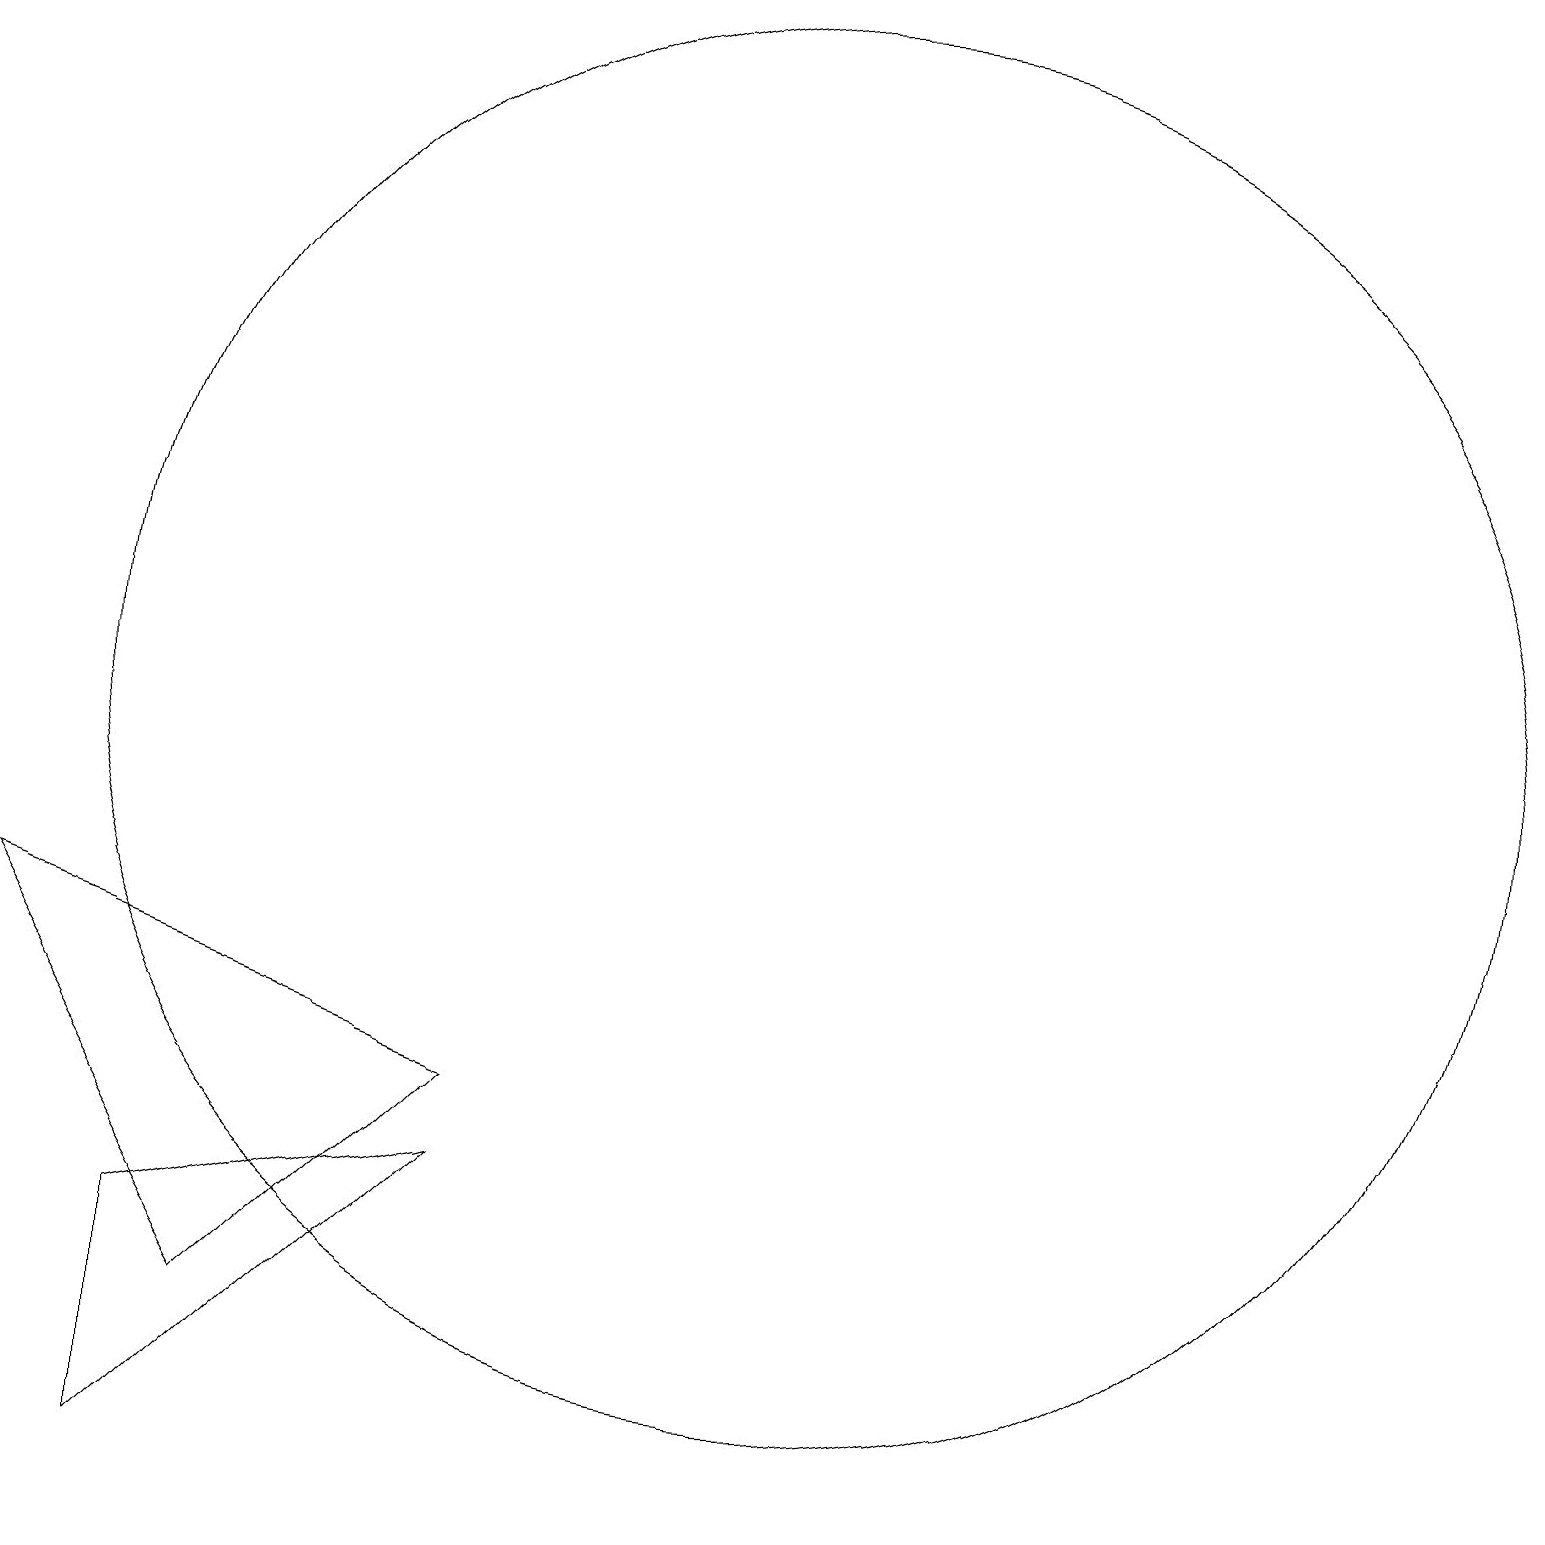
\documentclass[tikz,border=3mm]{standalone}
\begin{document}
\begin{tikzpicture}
\draw (4,2) -- (1,7) -- (7,5) -- cycle;
\draw (3,0) -- (3,3) -- (7,4) -- cycle;
\draw (11,10) circle (9);
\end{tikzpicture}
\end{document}